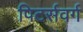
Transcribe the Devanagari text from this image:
पिटर्सवर्ग